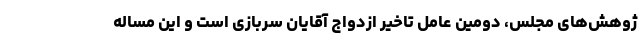
ژوهش‌های مجلس، دومین عامل تاخیر ازدواج آقایان سربازی است و این مساله